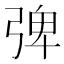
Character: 𭚽